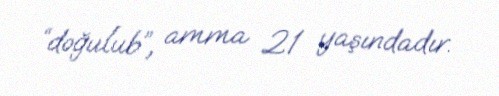
“doğulub”, amma 21 yaşındadır.